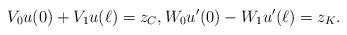
LaTeX: \begin{align*}V_0u(0)+V_1 u(\ell)=z_C,W_0u'(0)-W_1 u'(\ell)=z_K.\end{align*}